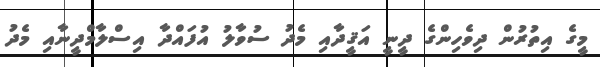
މީގެ އިތުރުން ދިވެހިންގެ ދީނީ އަޤީދާއި މެދު ސުވާލު އުފައްދާ އިސްލާމްދީނާއި މެދު